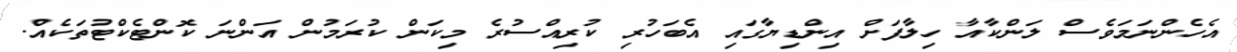
އެހެންނަމަވެސް ލަންކާއާ ހިލާފަށް އިންޑިޔާގައި އެބަހުރި ކުރިއްސުރެ މިކަން ކުރަމުން އަންނަ ކޮންޓެކްޓުތަކެއް.